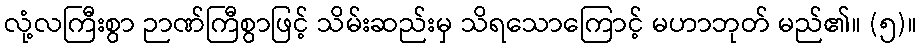
လုံ့လကြီးစွာ ဉာဏ်ကြီစွာဖြင့် သိမ်းဆည်းမှ သိရသောကြောင့် မဟာဘုတ် မည်၏။ (၅)။